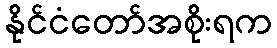
နိုင်ငံတော်အစိုးရက